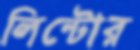
লিন্টোর